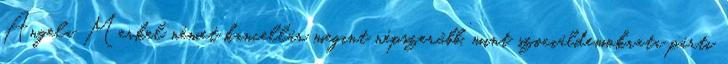
Angela Merkel német kancellár megint népszerűbb, mint szociáldemokrata párti